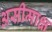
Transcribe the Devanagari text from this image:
असीमाक्ष